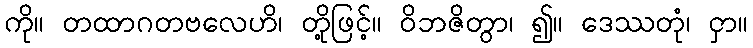
ကို။ တထာဂတဗလေဟိ၊ တို့ဖြင့်။ ဝိဘဇိတွာ၊ ၍။ ဒေဿတုံ၊ ငှာ။